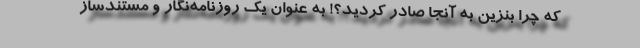
که چرا بنزین به آنجا صادر کردید؟! به عنوان یک روزنامه‌نگار و مستندساز